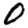
Digit: 0